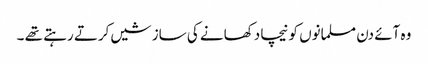
وہ آئے دن مسلمانوں کو نیچا دکھانے کی سازشیں کرتے رہتے تھے ۔